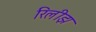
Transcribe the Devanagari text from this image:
रिलीझ